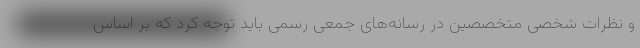
و نظرات شخصی متخصصین در رسانه‌های جمعی رسمی باید توجه کرد که بر اساس